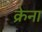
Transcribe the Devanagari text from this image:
क्रेना